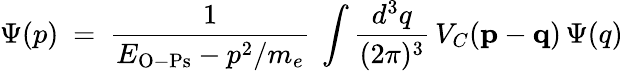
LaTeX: \Psi(p)~=~{\frac{1}{E_{\mathrm{O-Ps}}-p^{2}/m_{e}}}~\int{\frac{d^{3}q}{(2\pi)^{3}}}\, V_{C}({\mathbf p}-{\mathbf q})\, \Psi(q)